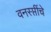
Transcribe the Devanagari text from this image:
वनस्प्तींचे